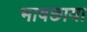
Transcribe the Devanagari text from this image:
भावछाया